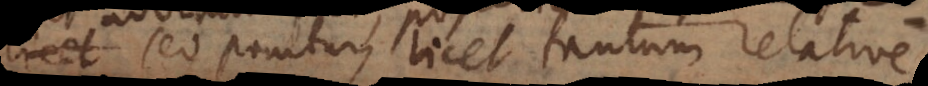
assertio sed ponitur, licet tantum relative